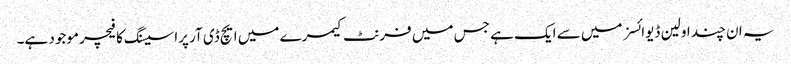
یہ ان چند اولین ڈیوائسز میں سے ایک ہے جس میں فرنٹ کیمرے میں ایچ ڈی آر پراسیسنگ کا فیچر موجود ہے۔